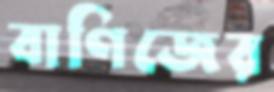
বাণিজের